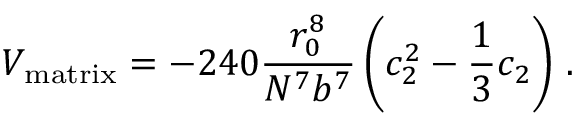
V _ { \mathrm { m a t r i x } } = - 2 4 0 { \frac { r _ { 0 } ^ { 8 } } { N ^ { 7 } b ^ { 7 } } } \left( c _ { 2 } ^ { 2 } - { \frac { 1 } { 3 } } c _ { 2 } \right) \, .